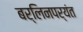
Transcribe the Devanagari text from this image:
बर्लिनपर्यंत